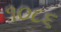
૧૦૮૬